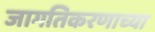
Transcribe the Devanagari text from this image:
जागतिकरणाच्या